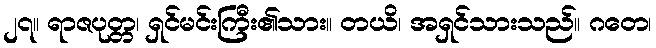
၂၇။ ရာဇပုတ္တ၊ ရှင်မင်းကြီး၏သား။ တယိ၊ အရှင်သားသည်။ ဂတေ၊